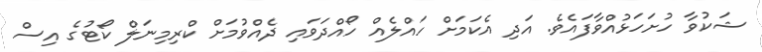
ޝަކުވާ ހުށަހަޅުއްވާފައެވެ. އަދި އެކަމަށް ހައްލެއް ހޯއްދަވައި ދެއްވުމަށް ކްރިމިނަލް ކޯޓުގެ އިސް